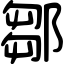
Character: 鄒